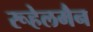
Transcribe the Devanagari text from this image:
रूहेलमैन